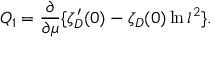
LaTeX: Q _ { 1 } = \frac { \partial } { \partial \mu } \{ \zeta _ { \cal D } ^ { \prime } ( 0 ) - \zeta _ { \cal D } ( 0 ) \ln l ^ { 2 } \} .